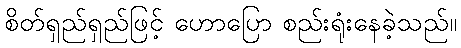
စိတ်ရှည်ရှည်ဖြင့် ဟောပြော စည်းရုံးနေခဲ့သည်။